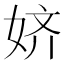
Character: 𱙑